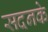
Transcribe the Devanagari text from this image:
सदनके